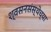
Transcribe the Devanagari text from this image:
श्वसनसंस्थेच्या